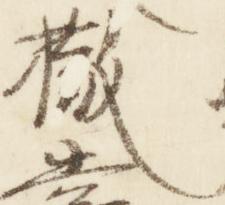
撤